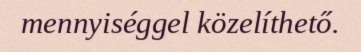
mennyiséggel közelíthető.